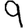
Digit: 9